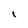
Character: I